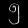
Digit: ၅